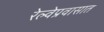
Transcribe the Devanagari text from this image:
रेल्वेप्रवासात